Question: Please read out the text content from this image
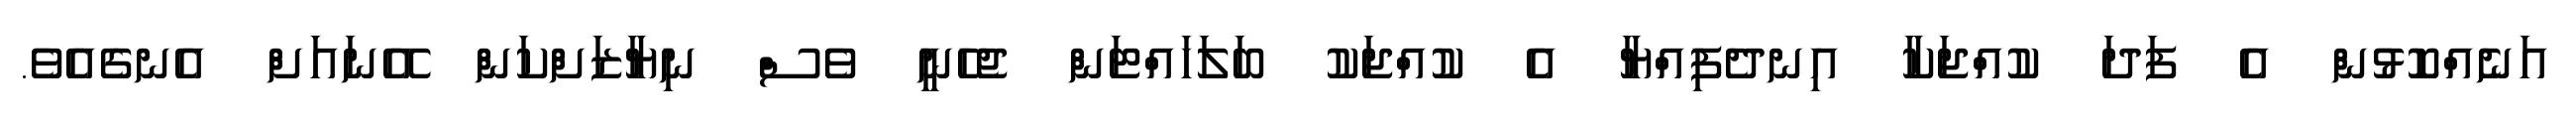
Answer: އަނެއްކޮޅުން އެ ފަދަ ކުއްޖަކާ އިނދެފިއްޔާ އެ ކުއްޖަކު ބަލަހައްޓަން ޖެހެނީ ވެސް ނިޔާޒަށްކަން އޭނައަށް އެނގެއެވެ.